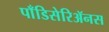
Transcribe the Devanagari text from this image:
पाँडिसेरिॲनस